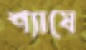
শ্যাষে